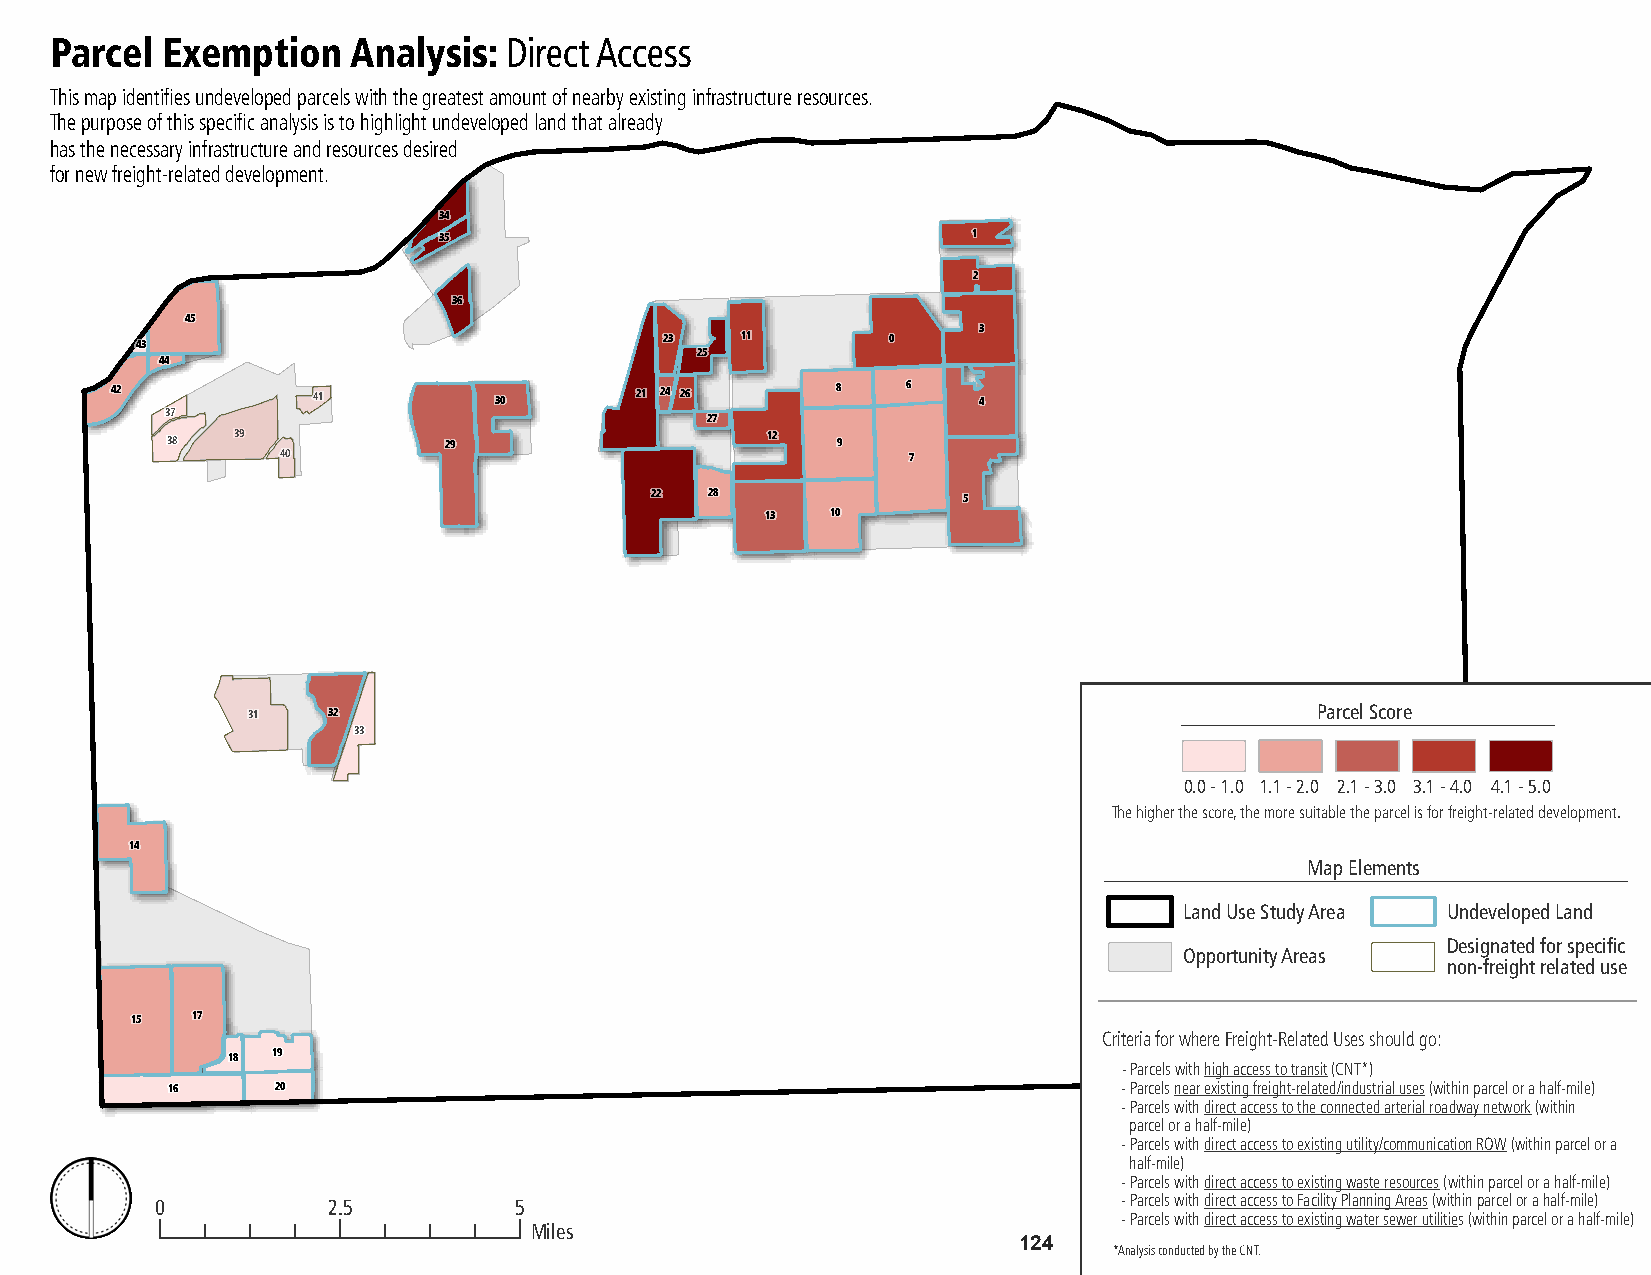
Parcel  Exemption   Analysis: Direct Access
 This map identifies undeveloped parcels with the greatest amount of nearby existing infrastructure resources.
 The purpose of this specific analysis is to highlight undeveloped land that already
 has the necessary infrastructure and resources desired
 for new freight-related development.
 34
 35                                 1
 2
 36
 45
 3
 43                                 23   11        0
 25
 44
 42            41          30       21 24 26     8    6    4
 37                                  27
 38  39            29                    12  9
 40                                       7
 22  28               5
 13  10
 31    32                                                               Parcel Score
 33
 0.0 - 1.0 1.1 - 2.0 2.1 - 3.0 3.1 - 4.0 4.1 - 5.0
 The higher the score, the more suitable the parcel is for freight-related development.
 14
 Map Elements
 Land Use Study Area Undeveloped Land
 Designated for specific
 Opportunity Areas
 non-freight related use
 15  17
 Criteria for where Freight-Related Uses should go:
 18 19
 - Parcels with high access to transit (CNT*)
 16     20                                                      - Parcels near existing freight-related/industrial uses (within parcel or a half-mile)
 - Parcels with direct access to the connected arterial roadway network (within
 parcel or a half-mile)
 - Parcels with direct access to existing utility/communication ROW (within parcel or a
 half-mile)
 - Parcels with direct access to existing waste resources (within parcel or a half-mile)
 0           2.5         5                                       - Parcels with direct access to Facility Planning Areas (within parcel or a half-mile)
 - Parcels with direct access to existing water sewer utilities (within parcel or a half-mile)
 Miles
 124
 *Analysis conducted by the CNT.